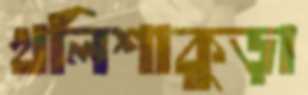
খলিশাকুড়া